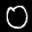
Label: 0